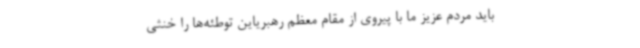
باید مردم عزیز ما با پیروی از مقام معظم رهبریاین توطئه‌ها را خنثی